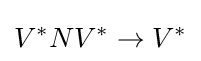
V^{*}NV^{*}\rightarrow V^{*}